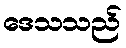
ဒေသသည်